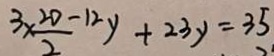
3 \times \frac { 2 0 - 1 2 } { 2 } y + 2 3 y = 3 5